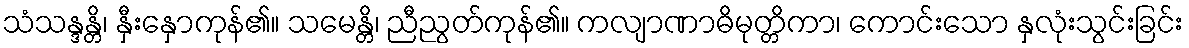
သံသန္ဒန္တိ၊ နှီးနှောကုန်၏။ သမေန္တိ၊ ညီညွတ်ကုန်၏။ ကလျာဏာဓိမုတ္တိကာ၊ ကောင်းသော နှလုံးသွင်းခြင်း